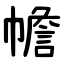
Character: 幨